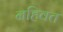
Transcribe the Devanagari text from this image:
नहिवत